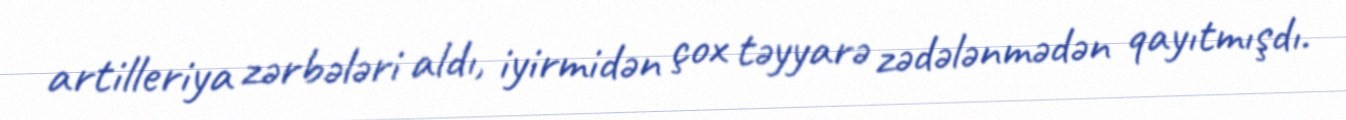
artilleriya zərbələri aldı, iyirmidən çox təyyarə zədələnmədən qayıtmışdı.